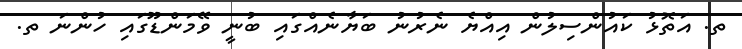
ތ. އަތޮޅު ކައުންސިލުން އިއްޔެ ނެރުނު ބަޔާނެއްގައި ބުނީ ވޭމަންޑޫގައި ހުންނަ ތ.